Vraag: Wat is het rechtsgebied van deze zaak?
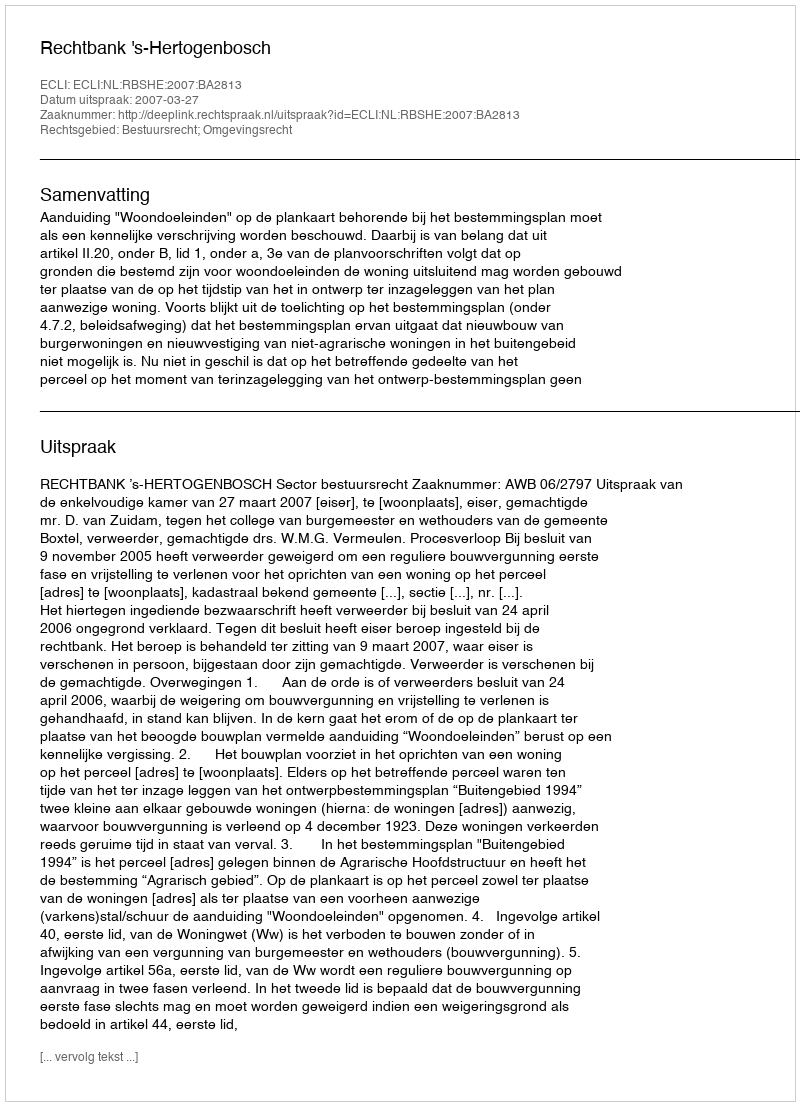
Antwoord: Bestuursrecht; Omgevingsrecht